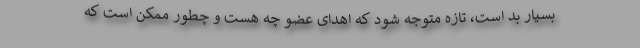
بسیار بد است، تازه متوجه شود که اهدای عضو چه هست و چطور ممکن است که